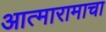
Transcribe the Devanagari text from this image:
आत्मारामाचा